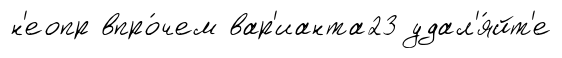
н'еопр впро́чем вар'ианта23 удал'я́йт'е